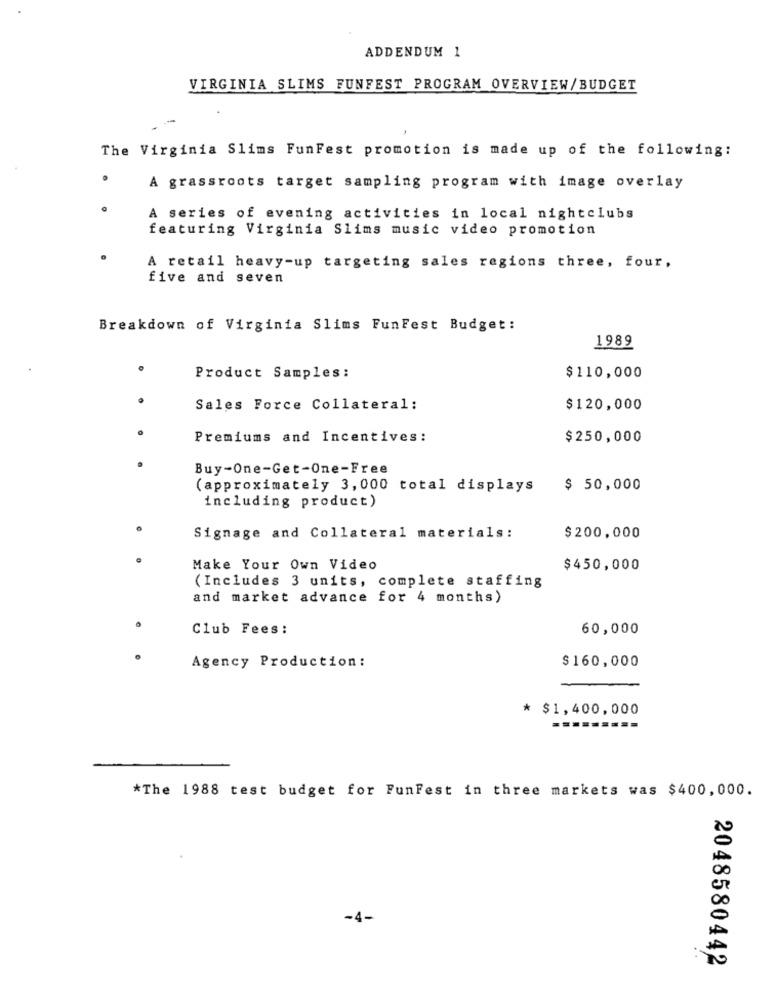
ADDENDUM 1
VIRGINIA SLIMS FUNFEST PROGRAM OVERVIEW/BUDGET
The Virginia Slims FunFest promotion is made up of the following:
A grassroots target sampling program with image overlay
A series of evening activities in local nightclubs
featuring Virginia Slims music video promotion
A retail heavy-up targeting sales regions three, four,
five and seven
Breakdown of Virginia Slims FunFest Budget:
1989
Product Samples:
$110,000
Sales Force Collateral:
$120,000
Premiums and Incentives:
$250,000
Buy-One-Get-One-Free
(approximately 3, 000 total displays
$ 50,000
including product)
Signage and Collateral materials:
$200,000
Make Your Own Video
$450,000
(Includes 3 units, complete staffing
and market advance for 4 months)
Club Fees:
60,000
Agency Production :
$160,000
* $1,400,000
*The 1988 test budget for FunFest in three markets was $400,000.
00
O
-4-
2048580442